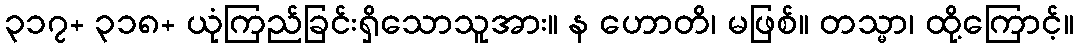
၃၁၇+ ၃၁၈+ ယုံကြည်ခြင်းရှိသောသူအား။ န ဟောတိ၊ မဖြစ်။ တသ္မာ၊ ထို့ကြောင့်။